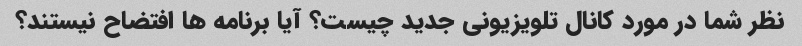
نظر شما در مورد کانال تلویزیونی جدید چیست؟ آیا برنامه ها افتضاح نیستند؟